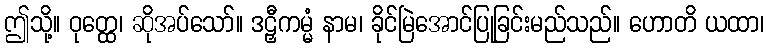
ဤသို့။ ဝုတ္ထေ၊ ဆိုအပ်သော်။ ဒဠှီကမ္မံ နာမ၊ ခိုင်မြဲအောင်ပြုခြင်းမည်သည်။ ဟောတိ ယထာ၊